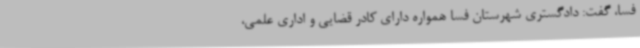
فسا، گفت: دادگستری شهرستان فسا همواره دارای کادر قضایی و اداری علمی،